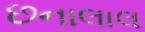
છનાલાલ